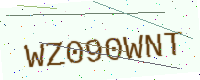
Text: WZ090WNT